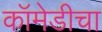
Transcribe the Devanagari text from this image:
कॉमेडीचा